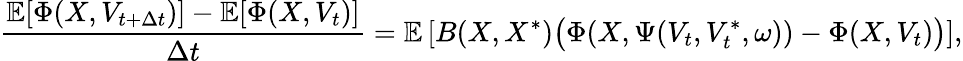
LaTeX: \frac{\mathbb{E}[\Phi(X,V_{t+\Delta{t}})]-\mathbb{E}[\Phi(X,V_{t})]}{\Delta{t}}=\mathbb{E}\left[B(X,X^{\ast})\bigl(\Phi(X,\Psi(V_{t},V_{t}^{\ast},\omega))-\Phi(X,V_{t})\bigr)\right],